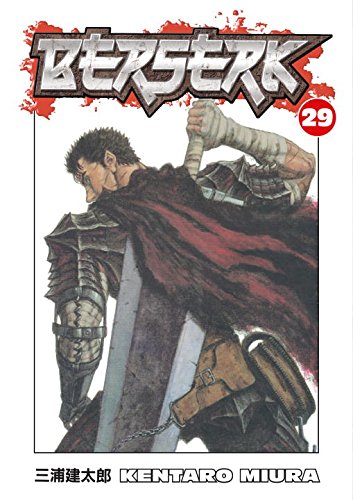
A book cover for Berserk, Vol. 29; Kentaro Miura; Comics & Graphic Novels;